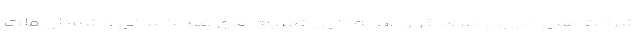
شرکت های خارجی طرف قرارداد به‌دلیل تحریم های ضد انسانی دشمنان ملت